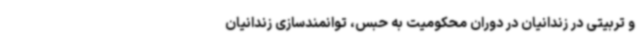
و تربیتی در زندانیان در دوران محکومیت به حبس، توانمندسازی زندانیان